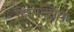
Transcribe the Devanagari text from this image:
हिस्पन्सिया